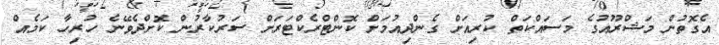
އެގޮތުން މަޝްރޫއުގެ މަސައްކަތް ކުރިއަށް ގެންދިއުމަށް ކޮންޓްރެކްޓަރަށް ސަރުކާރުން ކޮށްދެވޭނެ ހުރިހާ ކަމެއް